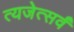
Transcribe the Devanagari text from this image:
त्यजेत्सर्वं